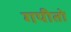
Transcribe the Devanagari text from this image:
गपीतो